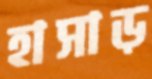
হাসাড়